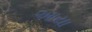
આયા